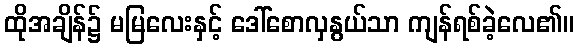
ထိုအချိန်၌ မမြလေးနှင့် ဒေါ်စောလှနွယ်သာ ကျန်ရစ်ခဲ့လေ၏။